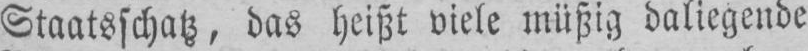
Staatsschatz, das heißt viele müßig daliegende